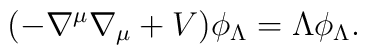
(-\nabla^\mu\nabla_\mu+V)\phi_\Lambda=\Lambda \phi_\Lambda.